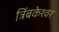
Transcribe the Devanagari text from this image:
त्रिंबकेश्वर